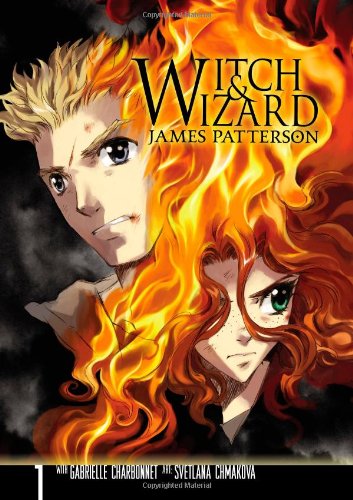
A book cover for Witch & Wizard: The Manga, Vol. 1; James Patterson; Comics & Graphic Novels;